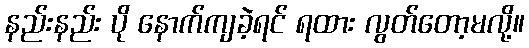
နည်းနည်း ပို နောက်ကျခဲ့ရင် ရထား လွတ်တော့မလို့။